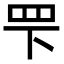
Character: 𬙖